Annual report on the Civil Veterinary Department, Burma (including the Insein Veterinary School) - 1923-1931
Year: 1923
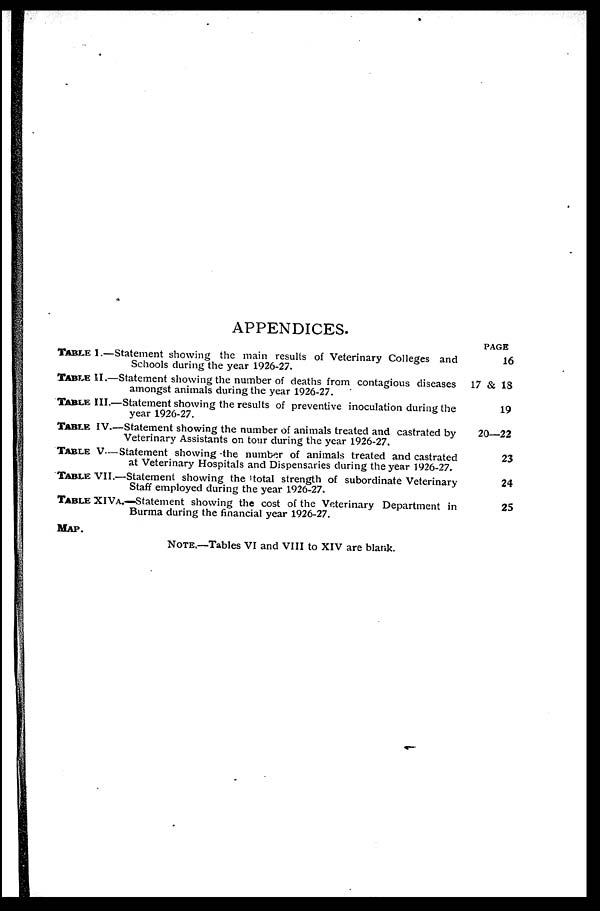
APPENDICES.
TABLE I.—Statement showing the main results of Veterinary Colleges and
Schools during the year 1926-27.
TABLE II.—Statement showing the number of deaths from contagious diseases
amongst animals during the year 1926-27.
TABLE III.—Statement showing the results of preventive inoculation during the
year 1926-27.
TABLE IV.—Statement showing the number of animals treated and castrated by
Veterinary Assistants on tour during the year 1926-27.
TABLE V.—Statement showing the number of animals treated and castrated
at Veterinary Hospitals and Dispensaries during the year 1926-27.
TABLE VII.—Statement showing the total strength of subordinate Veterinary
Staff employed during the year 1926-27.
TABLE XIVA.—Statement showing the cost of the Veterinary Department in
Burma during the financial year 1926-27.
MAP.
NOTE.—Tables VI and VIII to XIV are blank.
PAGE
16
17 & 18
19
20—22
23
24
25